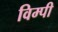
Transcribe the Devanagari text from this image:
विम्पी